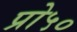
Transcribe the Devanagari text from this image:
प्रो५०